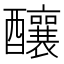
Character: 釀